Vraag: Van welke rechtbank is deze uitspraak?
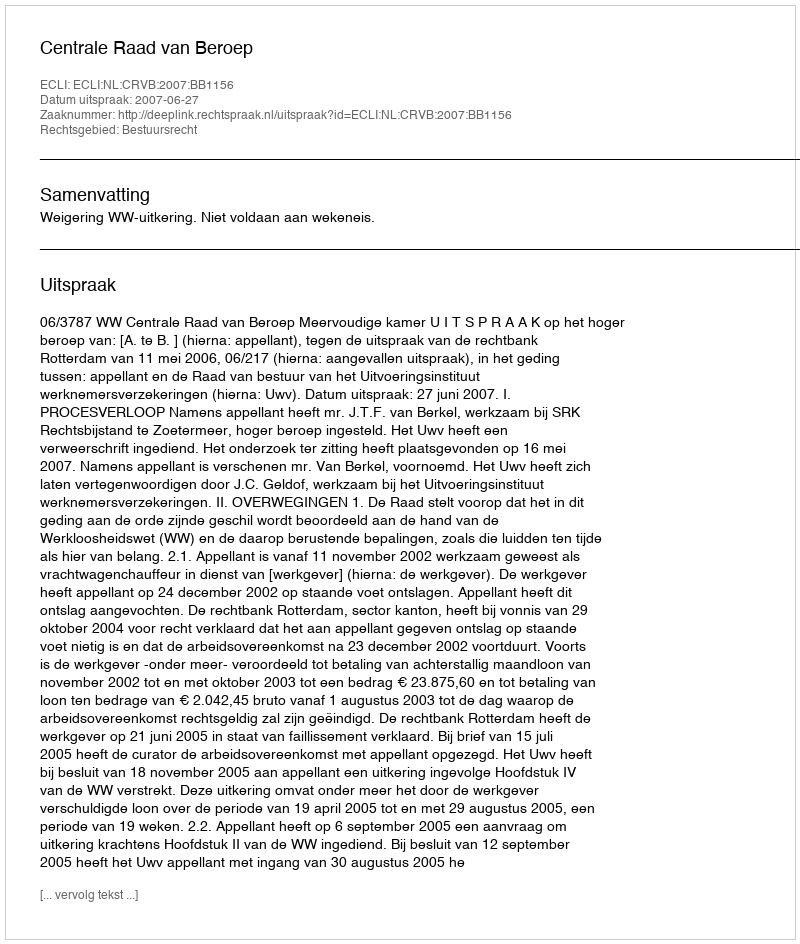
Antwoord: Centrale Raad van Beroep